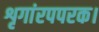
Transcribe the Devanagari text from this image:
शृगांरपपरक।